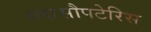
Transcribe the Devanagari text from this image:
ग्लासौपटेरिस